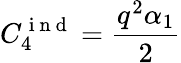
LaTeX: C_{4}^{\mathrm{~i~n~d~}}=\frac{q^{2}\alpha_{1}}{2}